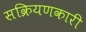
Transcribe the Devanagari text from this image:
सक्रियणकारी